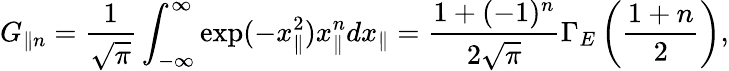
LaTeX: G_{\parallel n}=\frac{1}{\sqrt{\pi}}\int_{-\infty}^{\infty}\exp(-x_{\parallel}^{2})x_{\parallel}^{n}dx_{\parallel}=\frac{1+(-1)^{n}}{2\sqrt{\pi}}\Gamma_{E}\left(\frac{1+n}{2}\right),